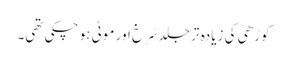
کوڑھی کی زیادہ تر جلد سُرخ اور موٹی ہو چکی تھی۔